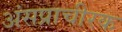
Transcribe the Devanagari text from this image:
अंसप्राचीरक